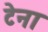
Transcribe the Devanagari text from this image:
टेना